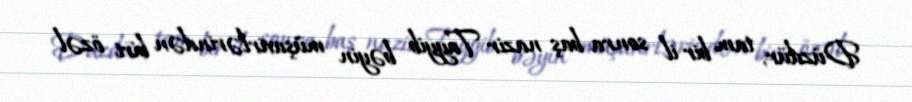
Düzdür, tam bir il sonra baş nazir Tayyib bəyin müşavirlərindən biri özəl